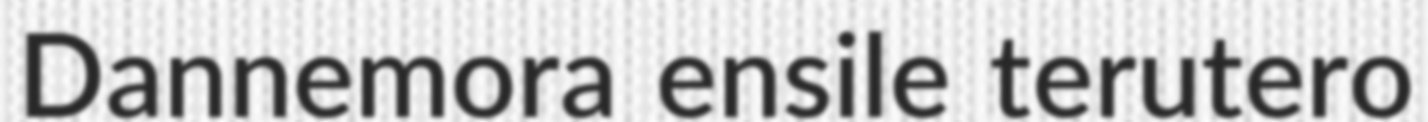
Dannemora ensile terutero